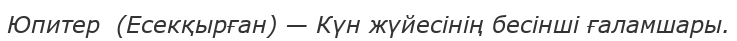
Юпитер  (Есекқырған) — Күн жүйесінің бесінші ғаламшары.